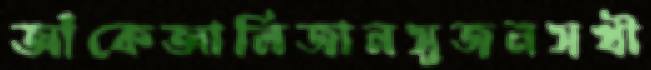
আঁকেআলিজানসুজনসখী